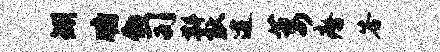
矧牖物司斟耿逮萎瘠答